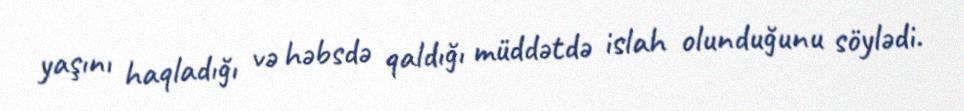
yaşını haqladığı və həbsdə qaldığı müddətdə islah olunduğunu söylədi.